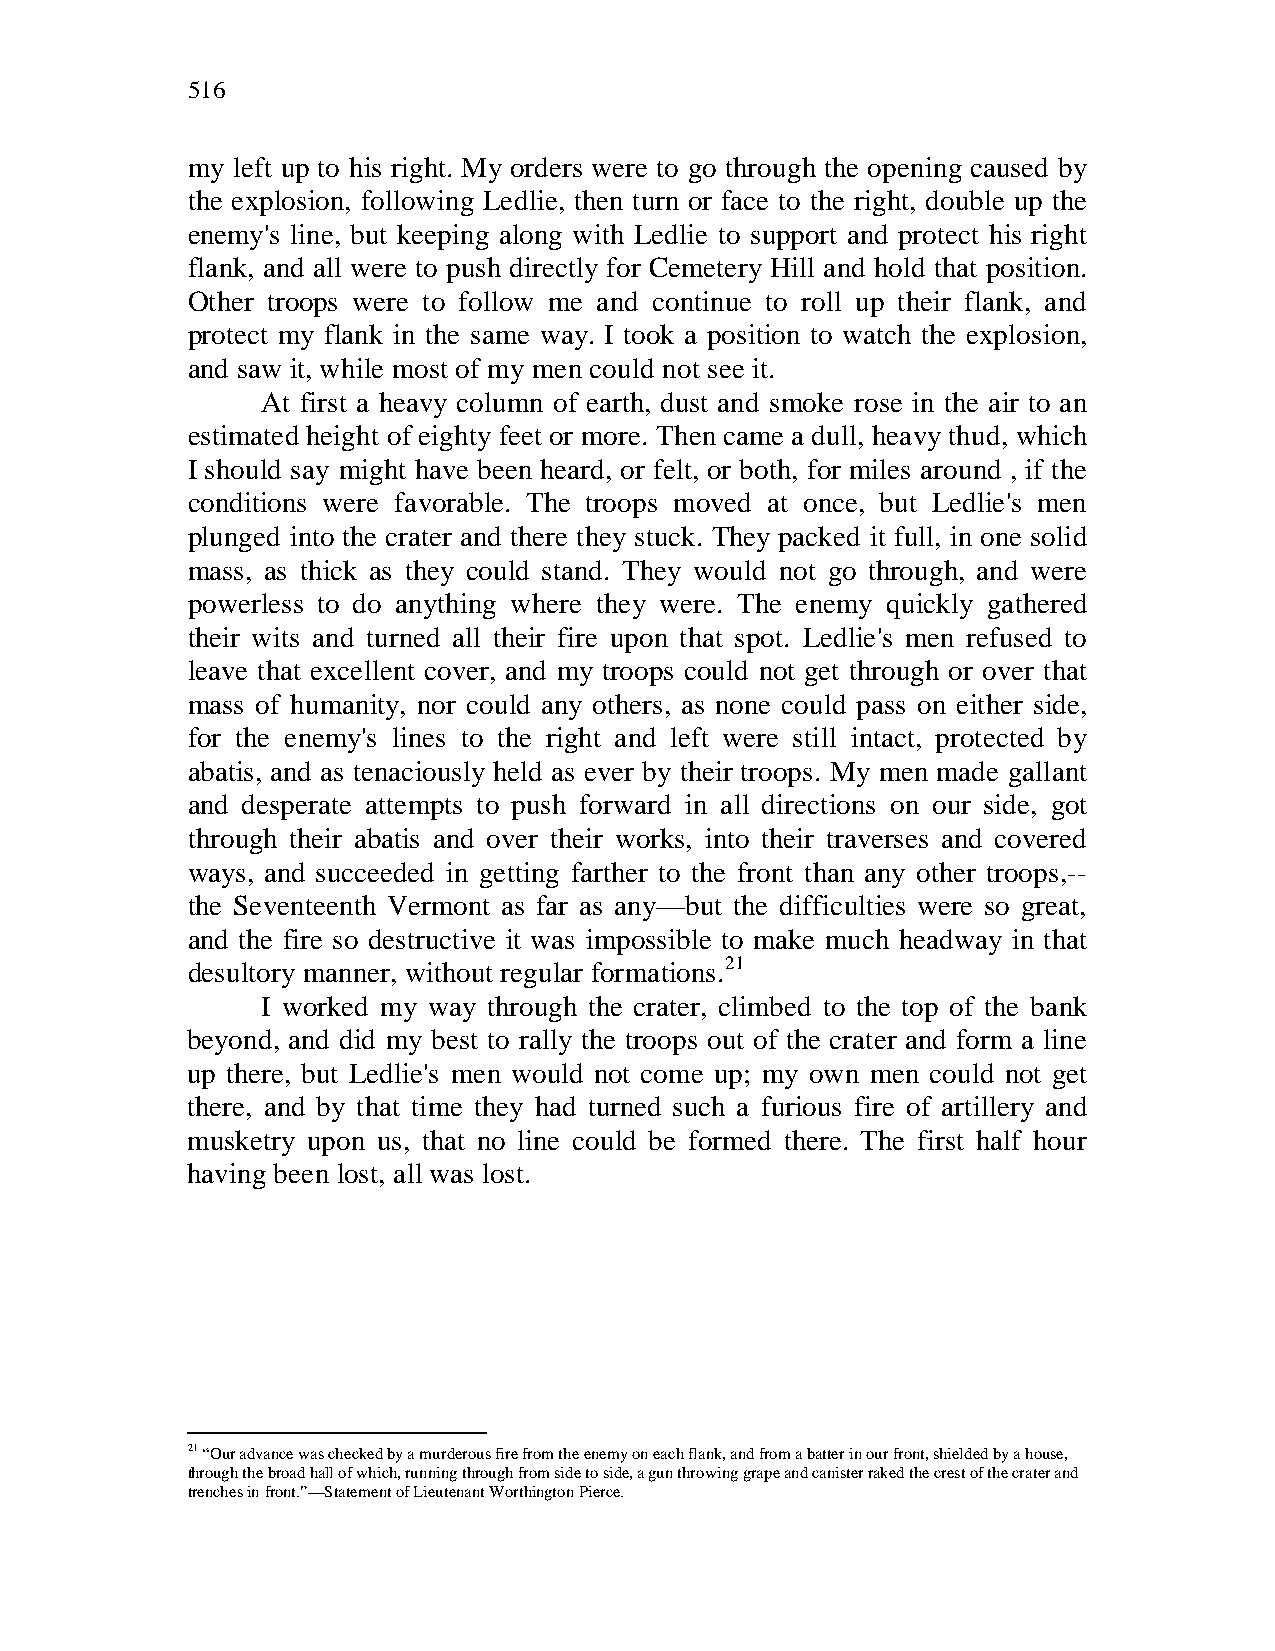
516
 my left up to his right. My orders were to go through the opening caused by
 the explosion, following Ledlie, then turn or face to the right, double up the
 enemy's line, but keeping along with Ledlie to support and protect his right
 flank, and all were to push directly for Cemetery Hill and hold that position.
 Other troops were to follow me and continue to roll up their flank, and
 protect my flank in the same way. I took a position to watch the explosion,
 and saw it, while most of my men could not see it.
 At first a heavy column of earth, dust and smoke rose in the air to an
 estimated height of eighty feet or more. Then came a dull, heavy thud, which
 I should say might have been heard, or felt, or both, for miles around , if the
 conditions were favorable. The troops moved at once, but Ledlie's men
 plunged into the crater and there they stuck. They packed it full, in one solid
 mass, as thick as they could stand. They would not go through, and were
 powerless to do anything where they were. The enemy quickly gathered
 their wits and turned all their fire upon that spot. Ledlie's men refused to
 leave that excellent cover, and my troops could not get through or over that
 mass of humanity, nor could any others, as none could pass on either side,
 for the enemy's lines to the right and left were still intact, protected by
 abatis, and as tenaciously held as ever by their troops. My men made gallant
 and desperate attempts to push forward in all directions on our side, got
 through their abatis and over their works, into their traverses and covered
 ways, and succeeded in getting farther to the front than any other troops,--
 the Seventeenth Vermont as far as any—but the difficulties were so great,
 and the fire so destructive it was impossible to make much headway in that
 desultory manner, without regular formations.21
 I worked my way through the crater, climbed to the top of the bank
 beyond, and did my best to rally the troops out of the crater and form a line
 up there, but Ledlie's men would not come up; my own men could not get
 there, and by that time they had turned such a furious fire of artillery and
 musketry upon us, that no line could be formed there. The first half hour
 having been lost, all was lost.
 21 “Our advance was checked by a murderous fire from the enemy on each flank, and from a batter in our front, shielded by a house,
 through the broad hall of which, running through from side to side, a gun throwing grape and canister raked the crest of the crater and
 trenches in front.”—Statement of Lieutenant Worthington Pierce.